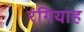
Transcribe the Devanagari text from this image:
रंगियाह